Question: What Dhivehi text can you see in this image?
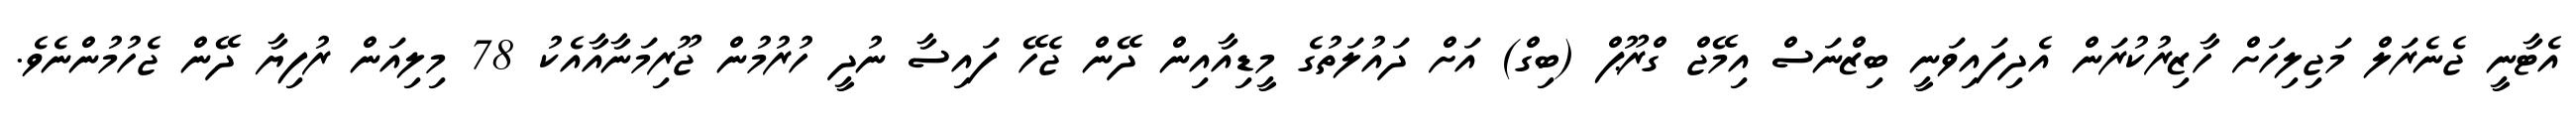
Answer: އެޓާނީ ޖެނެރަލް މަޖިލިހަށް ހާޒިރުކުރަން އެދިފައިވަނީ ބިޒްނަސް އިމޭޖް ގްރޫޕް (ބިގް) އަށް ދައުލަތުގެ މީޑިއާއިން ދޭން ޖެހޭ ފައިސާ ނުދީ ހުރުމުން ޖޫރިމަނާއާއެކު 78 މިލިއަން ރުފިޔާ ދޭން ޖެހުމުންނެވެ.